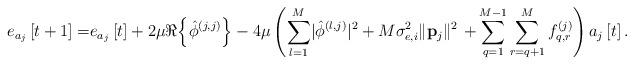
LaTeX: \begin{align*} e_{a_j}\left[t+1\right]=&e_{a_j}\left[t\right]+2\mu\Re{\left\{\hat{\phi}^{\left(j,j\right)}\right\}}-4\mu\left(\sum_{l=1}^M\lvert\hat{\phi}^{\left(l,j\right)}\rvert^2+M\sigma_{e,i}^2\lVert\mathbf{p}_j\rVert^2\right.\left.+\sum_{q=1}^{M-1}\sum_{r=q+1}^Mf_{q,r}^{\left(j\right)}\right)a_j\left[t\right].\end{align*}